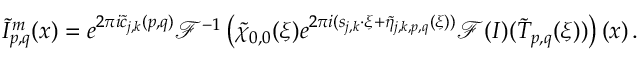
\tilde { I } _ { p , q } ^ { m } ( \boldsymbol { x } ) = e ^ { 2 \pi i \tilde { c } _ { j , k } ( p , q ) } \mathcal { F } ^ { - 1 } \left( \tilde { \chi } _ { 0 , 0 } ( \boldsymbol { \xi } ) e ^ { 2 \pi i ( \boldsymbol { s } _ { j , k } \cdot \boldsymbol { \xi } + \tilde { \eta } _ { j , k , p , q } ( \boldsymbol { \xi } ) ) } \mathcal { F } ( I ) ( \tilde { T } _ { p , q } ( \boldsymbol { \xi } ) ) \right) ( \boldsymbol { x } ) \, .